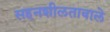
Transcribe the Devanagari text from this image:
सहनशीलतावाले